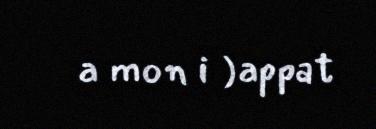
a mon i )appat